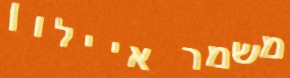
משמר איילון